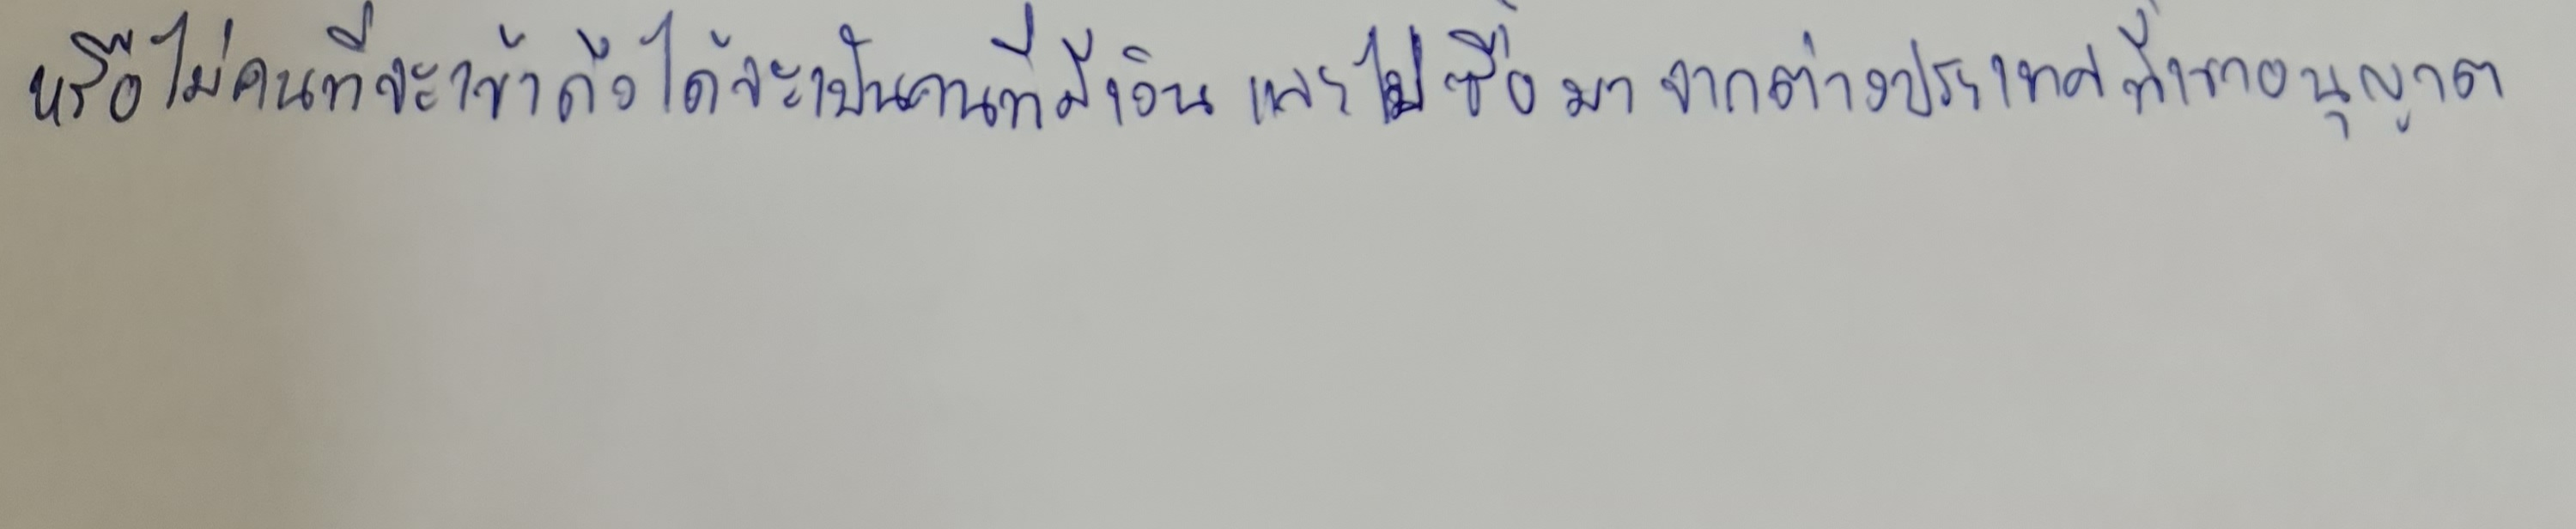
หรือไม่คนที่จะเข้าถึงได้จะเป็นคนที่มีเงินและไปซื้อมาจากต่างประเทศที่เขาอนุญาต